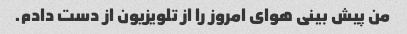
من پیش بینی هوای امروز را از تلویزیون از دست دادم.